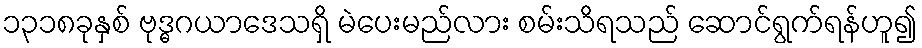
၁၃၁၈ခုနှစ် ဗုဒ္ဓဂယာဒေသရှိ မဲပေးမည်လား စမ်းသိရသည် ဆောင်ရွက်ရန်ဟူ၍